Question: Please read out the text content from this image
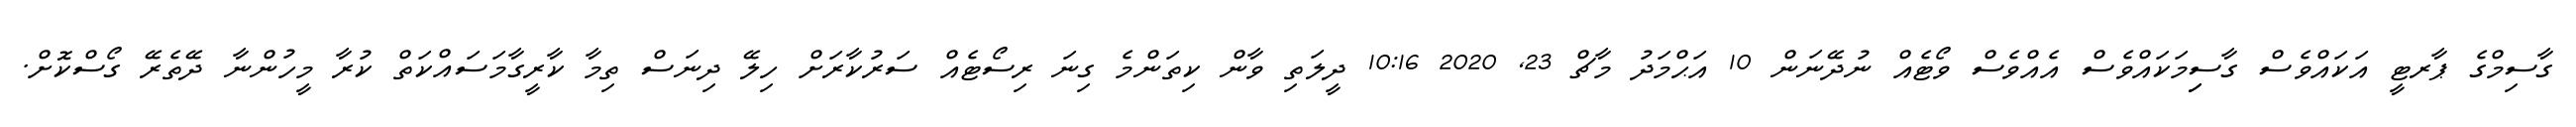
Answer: ގާސިމްގެ ޕާރޓީ އަކައްވެސް ގާސިިމަކައްވެސް އެއްވެސް ވޯޓެއް ނުދޭނަން 10 އަޙްމަދު މާޗް 23, 2020 10:16 ދީލަތި ވާން ކިތަންމެ ގިނަ ރިސޯޓެއް ސަރުކާރަށް ހިލޭ ދިނަސް ތިމާ ކާރީގާމަސައްކަތް ކުރާ މީހުންނާ ދޭތެރޭ ގޯސްކޮށް.